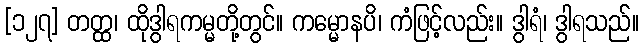
[၁၂၇] တတ္ထ၊ ထိုဒွါရကမ္မတို့တွင်။ ကမ္မောနပိ၊ ကံဖြင့်လည်း။ ဒွါရံ၊ ဒွါရသည်။